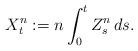
LaTeX: \begin{align*}X_t^n := n \int_0^{t} Z_s^n \,ds.\end{align*}